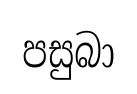
පසුබා